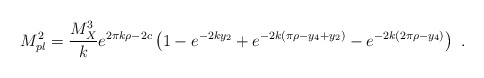
\begin{align*}M_{pl}^2 = {{M_X^3}\over k} e^{2 \pi k \rho -2c } \left(1- e^{-2k y_2} + e^{-2 k ( \pi \rho - y_4 +y_2) } - e^{-2 k ( 2 \pi \rho - y_4)}\right)~.~\,\end{align*}